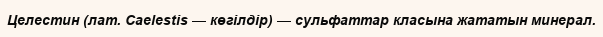
Целестин (лат. Caelestіs — көгілдір) — сульфаттар класына жататын минерал.